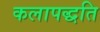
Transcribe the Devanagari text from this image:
कलापद्धति